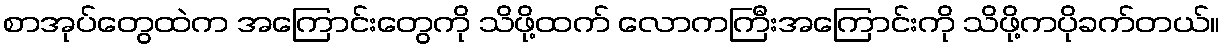
စာအုပ်တွေထဲက အကြောင်းတွေကို သိဖို့ထက် လောကကြီးအကြောင်းကို သိဖို့ကပိုခက်တယ်။